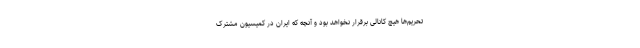
تحریم‌ها هیچ کانالی برقرار نخواهد بود و آنچه که ایران در کمیسیون مشترک